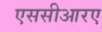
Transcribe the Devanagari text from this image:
एससीआरए